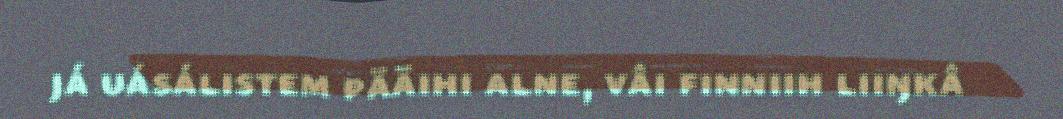
já uásálistem pääihi alne, vâi finniih liiŋkâ